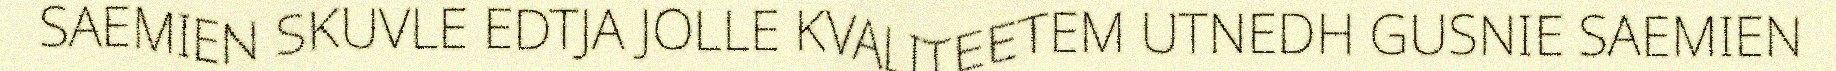
SAEMIEN SKUVLE EDTJA JOLLE KVALITEETEM UTNEDH GUSNIE SAEMIEN